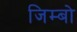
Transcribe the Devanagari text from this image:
जिम्बो